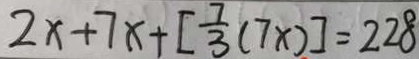
2 x + 7 x + [ \frac { 7 } { 3 } ( 7 x ) ] = 2 2 8